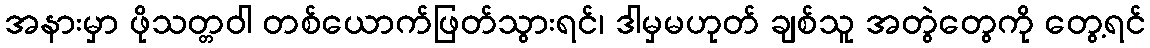
အနားမှာ ဖိုသတ္တဝါ တစ်ယောက်ဖြတ်သွားရင်၊ ဒါမှမဟုတ် ချစ်သူ အတွဲတွေကို တွေ့ရင်